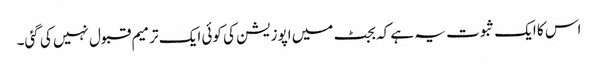
اس کا ایک ثبوت یہ ہے کہ بجٹ میں اپوزیشن کی کوئی ایک ترمیم قبول نہیں کی گئی۔